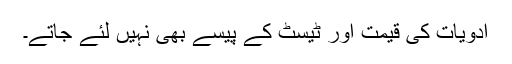
ادویات کی قیمت اور ٹیسٹ کے پیسے بھی نہیں لئے جاتے۔